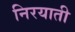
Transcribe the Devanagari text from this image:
निरयाती